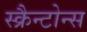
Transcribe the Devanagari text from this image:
स्क्रैन्टोन्स